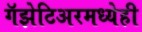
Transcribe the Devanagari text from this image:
गॅझेटिअरमध्येही